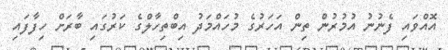
އޮއްވައި ފެނުނު އުމުރުން ތިން އަހަރުގެ މުހައްމަދު އިބްތިހާލްގެ ކަރުގައި ބާރަށް ހިފާފައި